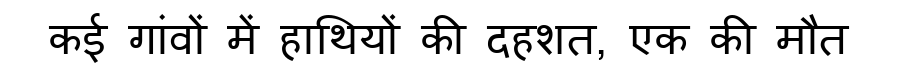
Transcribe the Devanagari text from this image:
कई गांवों में हाथियों की दहशत, एक की मौत